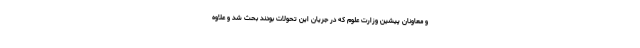
و معاونان پیشین وزارت علوم که در جریان این تحولات بودند بحث شد و علاوه